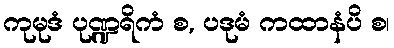
ကုမုဒံ ပုဏ္ဍရိကံ စ, ပဒုမံ ကထာနံပိ စ၊